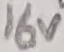
Text: 16V